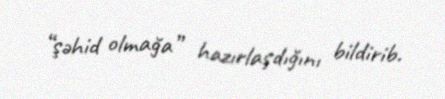
“şəhid olmağa” hazırlaşdığını bildirib.